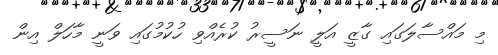
މި މައްސާލަގައި ގާޒީ އަލީ ނަސީރު ކުރެއްވި ހުކުމުގައި ވަނީ މާހަލް އިން